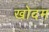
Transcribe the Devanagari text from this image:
खोदम